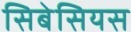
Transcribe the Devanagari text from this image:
सिबेसियस